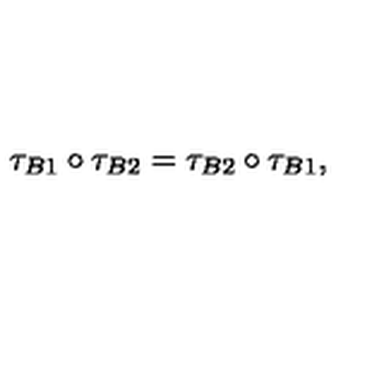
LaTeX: \tau _ { B 1 } \circ \tau _ { B 2 } = \tau _ { B 2 } \circ \tau _ { B 1 } ,